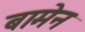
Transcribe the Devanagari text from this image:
बामेन